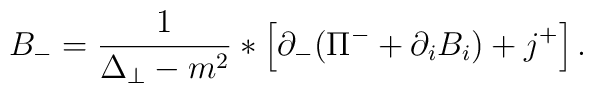
B_{-} = \frac{1}{\Delta_\perp - m^2}* \left[ \partial_{-}(\Pi^{-} + \partial_i B_i) + j^{+}\right].